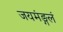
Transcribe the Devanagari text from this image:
जयमंङ्गलं